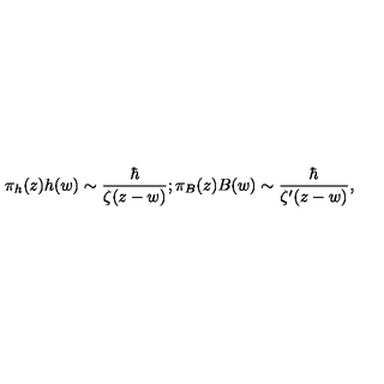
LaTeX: \pi _ { h } ( z ) h ( w ) \sim { \frac { \hbar } { \zeta ( z - w ) } } ; \pi _ { B } ( z ) B ( w ) \sim { \frac { \hbar } { \zeta ^ { \prime } ( z - w ) } } ,